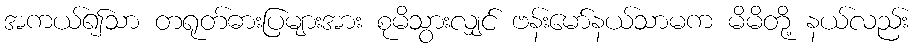
အကယ်၍သာ တရုတ်ဓားပြများအား စုမိသွားလျှင် ဗန်းမော်နယ်သာမက မိမိတို့ နယ်လည်း